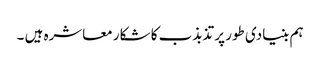
ہم بنیادی طور پر تذبذب کا شکار معاشرہ ہیں ۔